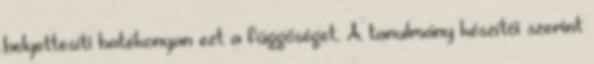
helyettesíti hatékonyan ezt a függőséget. A tanulmány készítői szerint